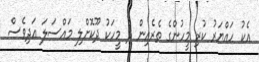
އެކު ހައްޔަރު ކުރި މީހުންގެ ތެރެއިން ދެ މީހަކު ދޫކޮށްލި މައްސަލަ އަދިވެސް